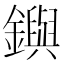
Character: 𨮔